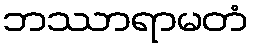
ဘဿာရာမတံ